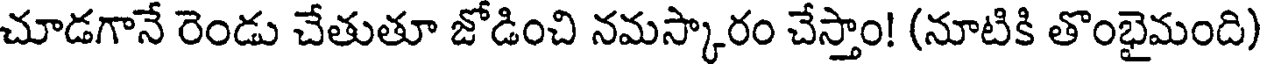
చూడగానే రెండు చేతుతూ జోడించి నమస్కారం చేస్తాం! (నూటికి తొంభైమంది)